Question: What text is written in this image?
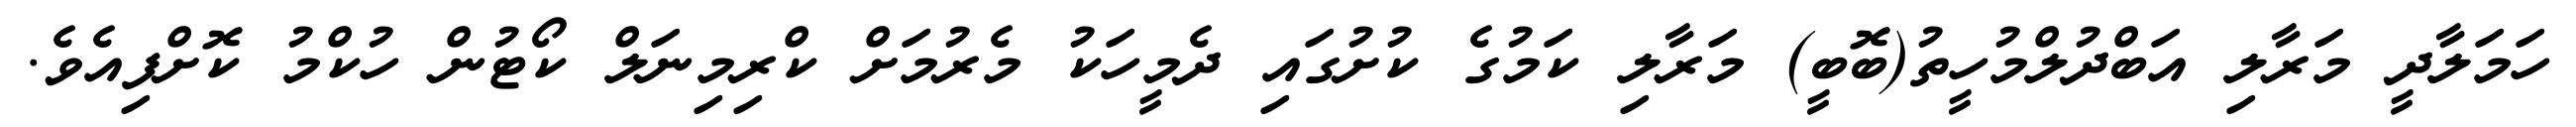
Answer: ހަމަލާދީ މަރާލި އަބްދުލްމުހީތު(ބޮބީ) މަރާލި ކަމުގެ ކުށުގައި ދެމީހަކު މެރުމަށް ކްރިމިނަލް ކޯޓުން ހުކްމު ކޮށްފިއެވެ.